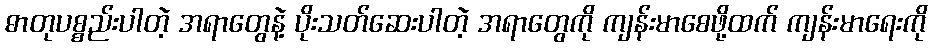
ဓာတုပစ္စည်းပါတဲ့ အရာတွေနဲ့ ပိုးသတ်ဆေးပါတဲ့ အရာတွေကို ကျန်းမာစေဖို့ထက် ကျန်းမာရေးကို